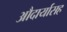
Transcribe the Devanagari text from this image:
औदार्यासह